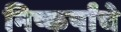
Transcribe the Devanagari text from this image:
निष्कर्षांचे